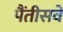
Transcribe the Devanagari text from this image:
पैंतीसवें